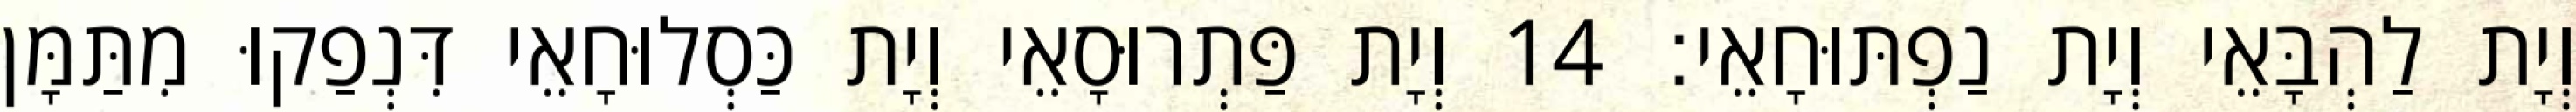
וְיָת לַהְבָּאֵי וְיָת נַפְתּוּחָאֵי׃ 14 וְיָת פַּתְרוּסָאֵי וְיָת כַּסְלוּחָאֵי דִּנְפַקוּ מִתַּמָּן